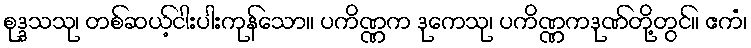
စုဒ္ဒသသု၊ တစ်ဆယ့်ငါးပါးကုန်သော။ ပကိဏ္ဏက ဒုကေသု၊ ပကိဏ္ဏကဒုဏ်တို့တွင်။ ဧကံ၊